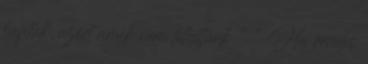
kaptuk, azért amik nem lehettünk " " Ha rendes